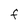
Character: F